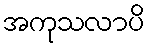
အကုသလာပိ